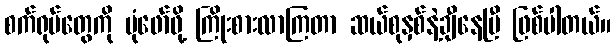
စက်ရုပ်တွေကို ပုံဖော်ဖို့ ကြိုးစားလာကြတာ ဆယ်စုနှစ်နဲ့ချီနေပြီ ဖြစ်ပါတယ်။